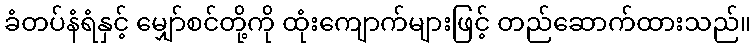
ခံတပ်နံရံနှင့် မျှော်စင်တို့ကို ထုံးကျောက်များဖြင့် တည်ဆောက်ထားသည်။